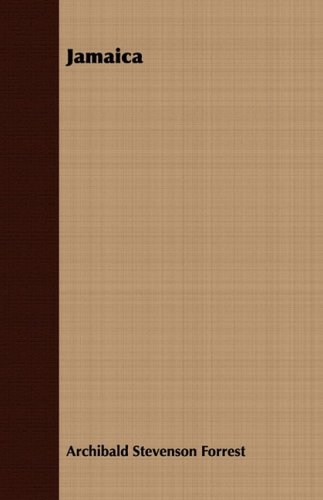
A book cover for Jamaica; Archibald Stevenson Forrest; Travel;